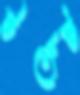
টর্গেট